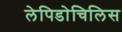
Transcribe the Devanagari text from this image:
लेपिडोचिलिस